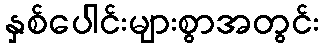
နှစ်ပေါင်းများစွာအတွင်း